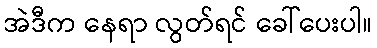
အဲဒီက နေရာ လွတ်ရင် ခေါ်ပေးပါ။